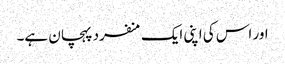
اور اس کی اپنی ایک منفرد پہچان ہے۔